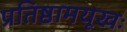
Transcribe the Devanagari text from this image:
प्रतिष्ठामयूखः